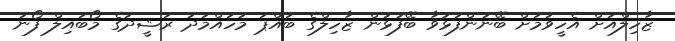
ޒާހިލްއަށް އެހީވުމަށް ބޭނުންފުޅުވާ ބޭފުޅުން ޒާހިލްގެ ބައްޕަ މުހައްމަދު ރަޝީދުގެ މޯބައިލް ފޯނު